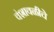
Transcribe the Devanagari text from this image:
वंशावळीचे